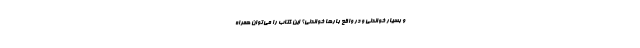
و بسیار خواندنی و در واقع بارها خواندنی؟ این کتاب را می‌توان همراه